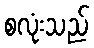
စလုံးသည်